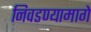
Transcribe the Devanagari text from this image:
निवडण्यामागे